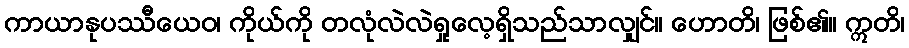
ကာယာနုပဿီယေဝ၊ ကိုယ်ကို တလုံလဲလဲရှုလေ့ရှိသည်သာလျှင်။ ဟောတိ၊ ဖြစ်၏။ ဣတိ၊